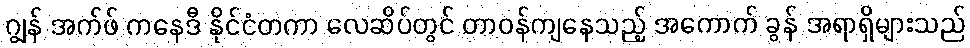
ဂျွန် အက်ဖ် ကနေဒီ နိုင်ငံတကာ လေဆိပ်တွင် တာဝန်ကျနေသည့် အကောက် ခွန် အရာရှိများသည်